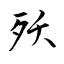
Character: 殀